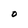
Character: O